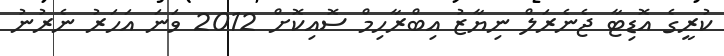
ކުރީގެ އޮޑިޓާ ޖެނެރަލް ނިޔާޒު އިބްރާހިމް ސޮއިކޮށް 2012 ވަނަ އަހަރު ނެރުނު